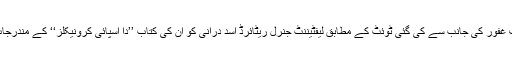
بعد ازاں ڈی جی آئی ایس پی آر میجر جنرل آصف غفور کی جانب سے کی گئی ٹوئٹ کے مطابق لیفٹیننٹ جنرل ریٹائرڈ اسد درانی کو ان کی کتاب ’’دا اسپائی کرونیکلز‘‘ کے مندرجات سے متعلق وضاحت کے لیے طلب کیا گیا تھا۔